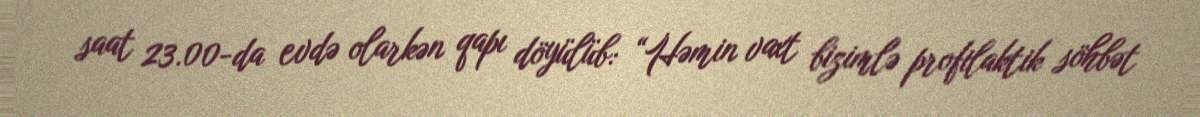
saat 23.00-da evdə olarkən qapı döyülüb: “Həmin vaxt bizimlə profilaktik söhbət